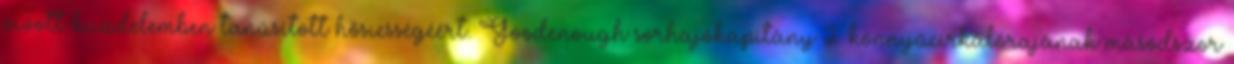
vívott küzdelemben tanúsított hősiességéért. Goodenough sorhajókapitány 2. könnyűcirkálórajának másodszor